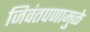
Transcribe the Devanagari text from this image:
जिवंतपणामुळे